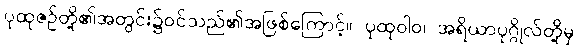
ပုထုဇဉ်တို့၏အတွင်း၌ဝင်သည်၏အဖြစ်ကြောင့်။ ပုထုဝါဝ၊ အရိယာပုဂ္ဂိုလ်တို့မှ